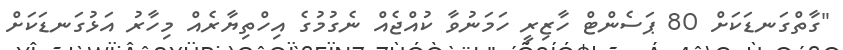
"ގާތްގަނޑަކަށް 80 ޕަސެންޓް ހާޒިރީ ހަމަނުވާ ކުއްޖެއް ނެގުމުގެ އިހްތިޔާރެއް މިހާރު އަޅުގަނޑަކަށް